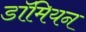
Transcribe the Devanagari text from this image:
डॉमियन